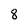
Character: 8